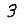
Digit: 3